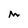
Character: M